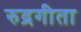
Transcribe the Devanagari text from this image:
रुद्रगीता